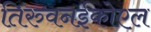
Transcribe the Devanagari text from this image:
तिरुवनईकोएल